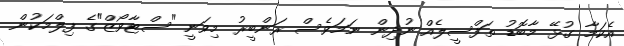
އެކަމާ ގުޅޭ މާބޮޑު ތަފްސީލެއް ނުދިން ނަމަވެސް ރަންބީރު މިވަނީ "ސްޓާވޯޒް"ގެ ފިލްމަކުން